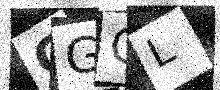
Text: GGGL